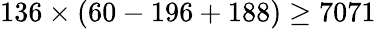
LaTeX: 136\times(60-196+188)\geq 7071